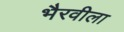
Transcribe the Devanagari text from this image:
भैरवीला